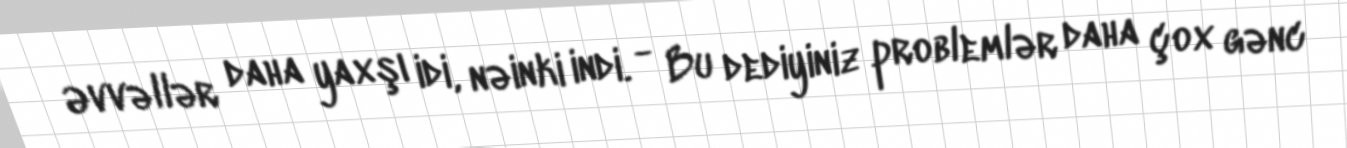
Əvvəllər daha yaxşı idi, nəinki indi. - Bu dediyiniz problemlər daha çox gənc